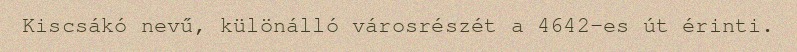
Kiscsákó nevű, különálló városrészét a 4642-es út érinti.